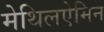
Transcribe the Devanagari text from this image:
मेथिलऐमिन